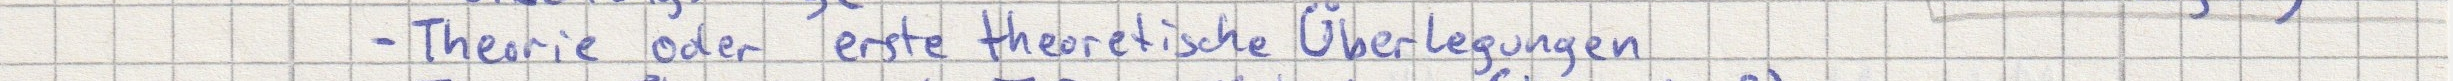
- Theorie oder erste theoretische Überlegungen